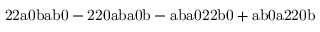
\mathrm { 2 2 a 0 b a b 0 - 2 2 0 a b a 0 b - a b a 0 2 2 b 0 + a b 0 a 2 2 0 b }